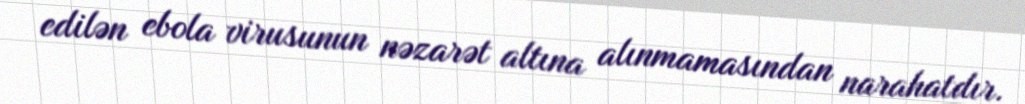
edilən ebola virusunun nəzarət altına alınmamasından narahatdır.